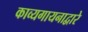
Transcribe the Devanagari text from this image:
काव्यगायनाद्वारे